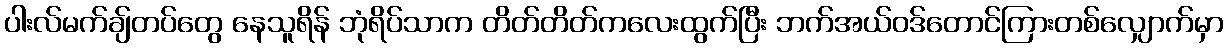
ပါးလ်မက်ချ်တပ်တွေ နေသူရိန် ဘုံရိပ်သာက တိတ်တိတ်ကလေးထွက်ပြီး ဘက်အယ်ဝဒ်တောင်ကြားတစ်လျှောက်မှာ